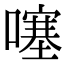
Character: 噻